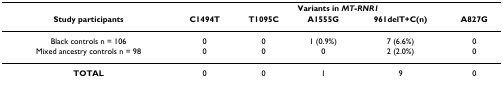
<table><thead><tr><td></td><td colspan="5"><b>Variants in <i>MT-RNR1</i></b></td></tr><tr><td><b>Study participants</b></td><td><b>C1494T</b></td><td><b>T1095C</b></td><td><b>A1555G</b></td><td><b>961delT+C(n)</b></td><td><b>A827G</b></td></tr></thead><tbody><tr><td>Black controls n = 106</td><td>0</td><td>0</td><td>1 (0.9%)</td><td>7 (6.6%)</td><td>0</td></tr><tr><td>Mixed ancestry controls n = 98</td><td>0</td><td>0</td><td>0</td><td>2 (2.0%)</td><td>0</td></tr><tr><td><b>TOTAL</b></td><td>0</td><td>0</td><td>1</td><td>9</td><td>0</td></tr></tbody></table>